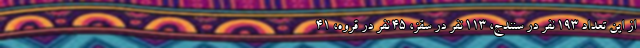
از این تعداد ۱۹۳ نفر در سنندج، ۱۱۳ نفر در سقز، ۴۵ نفر در قروه، ۴۱